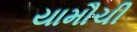
યામૌચી